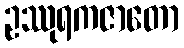
ဥဿုရကဇာတော